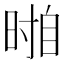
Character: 𱢐